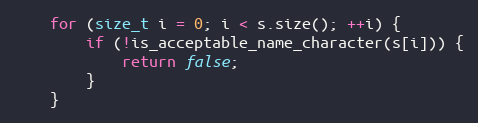
Language: C++
    for (size_t i = 0; i < s.size(); ++i) {
        if (!is_acceptable_name_character(s[i])) {
            return false;
        }
    }